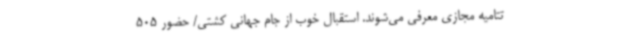
تتامیه مجازی معرفی می‌شوند. استقبال خوب از جام جهانی کشتی/ حضور 505